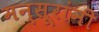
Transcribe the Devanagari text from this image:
मन्सूरांनी